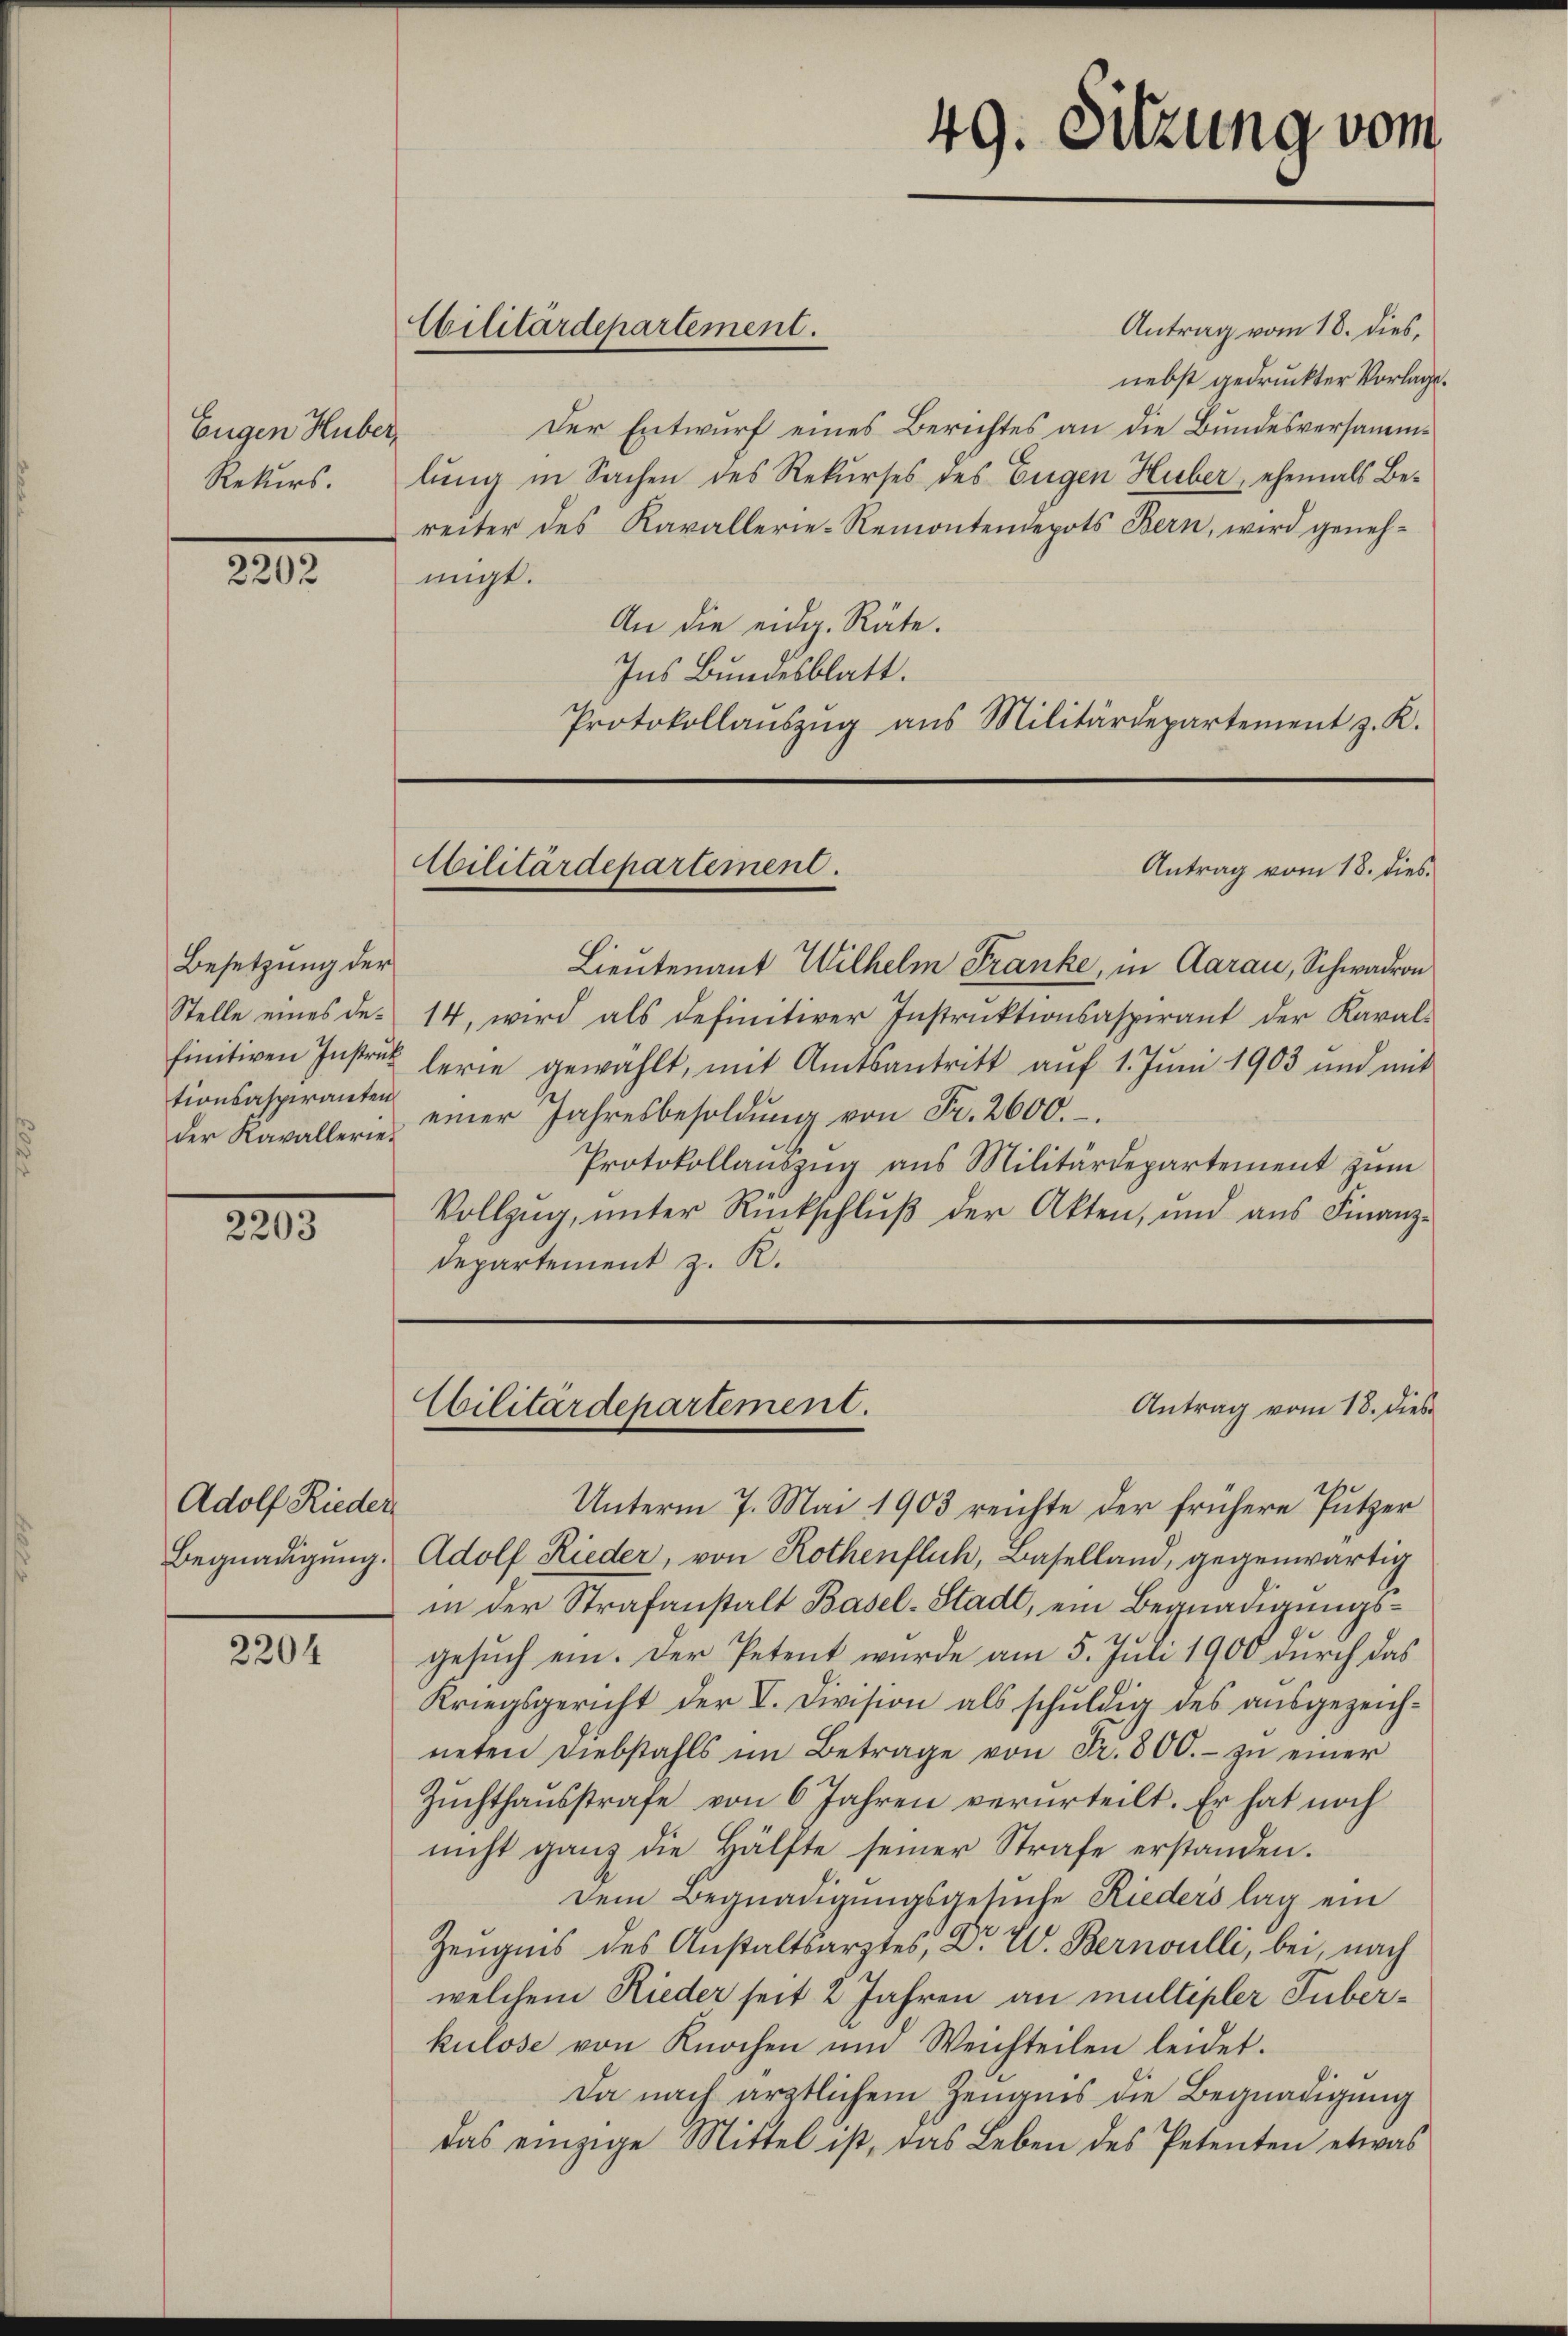
Eugen Huber,
Rekurs.

2202

Besetzung der
Stelle eines definitiven Instruk
tionsaspiranten
der Kavallerie¬

2203

Adolf Rieder
Begnadigung.

2204

Cilitärdepartement.

Antrag vom 18. dies,
nebst gedruckter Vorlage.
Der Entwurf eines Berichtes an die Bundesversammlung in Sachen des Rekurses des Eigen Huber, ehemals Bereiter des Karallerie-Remontendepots Bern, wird genehmigt.
An die eidg. Räte.
Ins Bundesblatt.
Protokollaŭszŭg ans Militärdepartement z. K.

Lieutenant Wilhelm Franke, in Aarau, Schwadron
14, wird als definitiver Instruktionsaspirant der Karal-
lerie gewählt, mit Amtsantritt auf 1. Juni 1903 und mit
einer Jahresbesoldŭng von Fr. 2600.
Protokollaŭszŭg ans Militärdepartement zŭm
Vollzŭg, ŭnter Rückschlŭβ der Akten, und aŭs Finanz-
Departement z. R.

Cilitärdepartement.

49. Sitzung vom

Antrag vom 18. dies

Antrag vom 18. dies
Cbilitärdepartement.

Unterm 7. Mai 1903 reichte der frühere Putzer
Adolf Rieder, von Rothenfluh, Baselland, gegenwärtig
in der Strafanstalt Basel-Stadt, ein Begnadigungsgesuch ein. Der Petent wurde am 5. Juli 1900 durch das
Kriegsgericht der I. Division als schŭldig des aŭsgezeich-
neten Diebstahls im Betrage von Fr. 800.- zu einer
Zŭchthausstrafe von 6 Jahren verurteilt. Er hat noch
nicht ganz die Hälfte seiner Strafe erstanden.
dem Begnadigungsgesuche Rieders lag ein
Zeugnis des Anstaltsarztes, Dr. W. Bernoulli, bei, nach
welchem Rieder seit 2 Jahren an multipler Tuberkulose von Knochen und Weichteilen leidet.
Da nach ärztlichem Zeugnis die Begnadigung
das einzige Mittel ist, das Leben des Petenten etwas